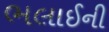
ભલાઈની